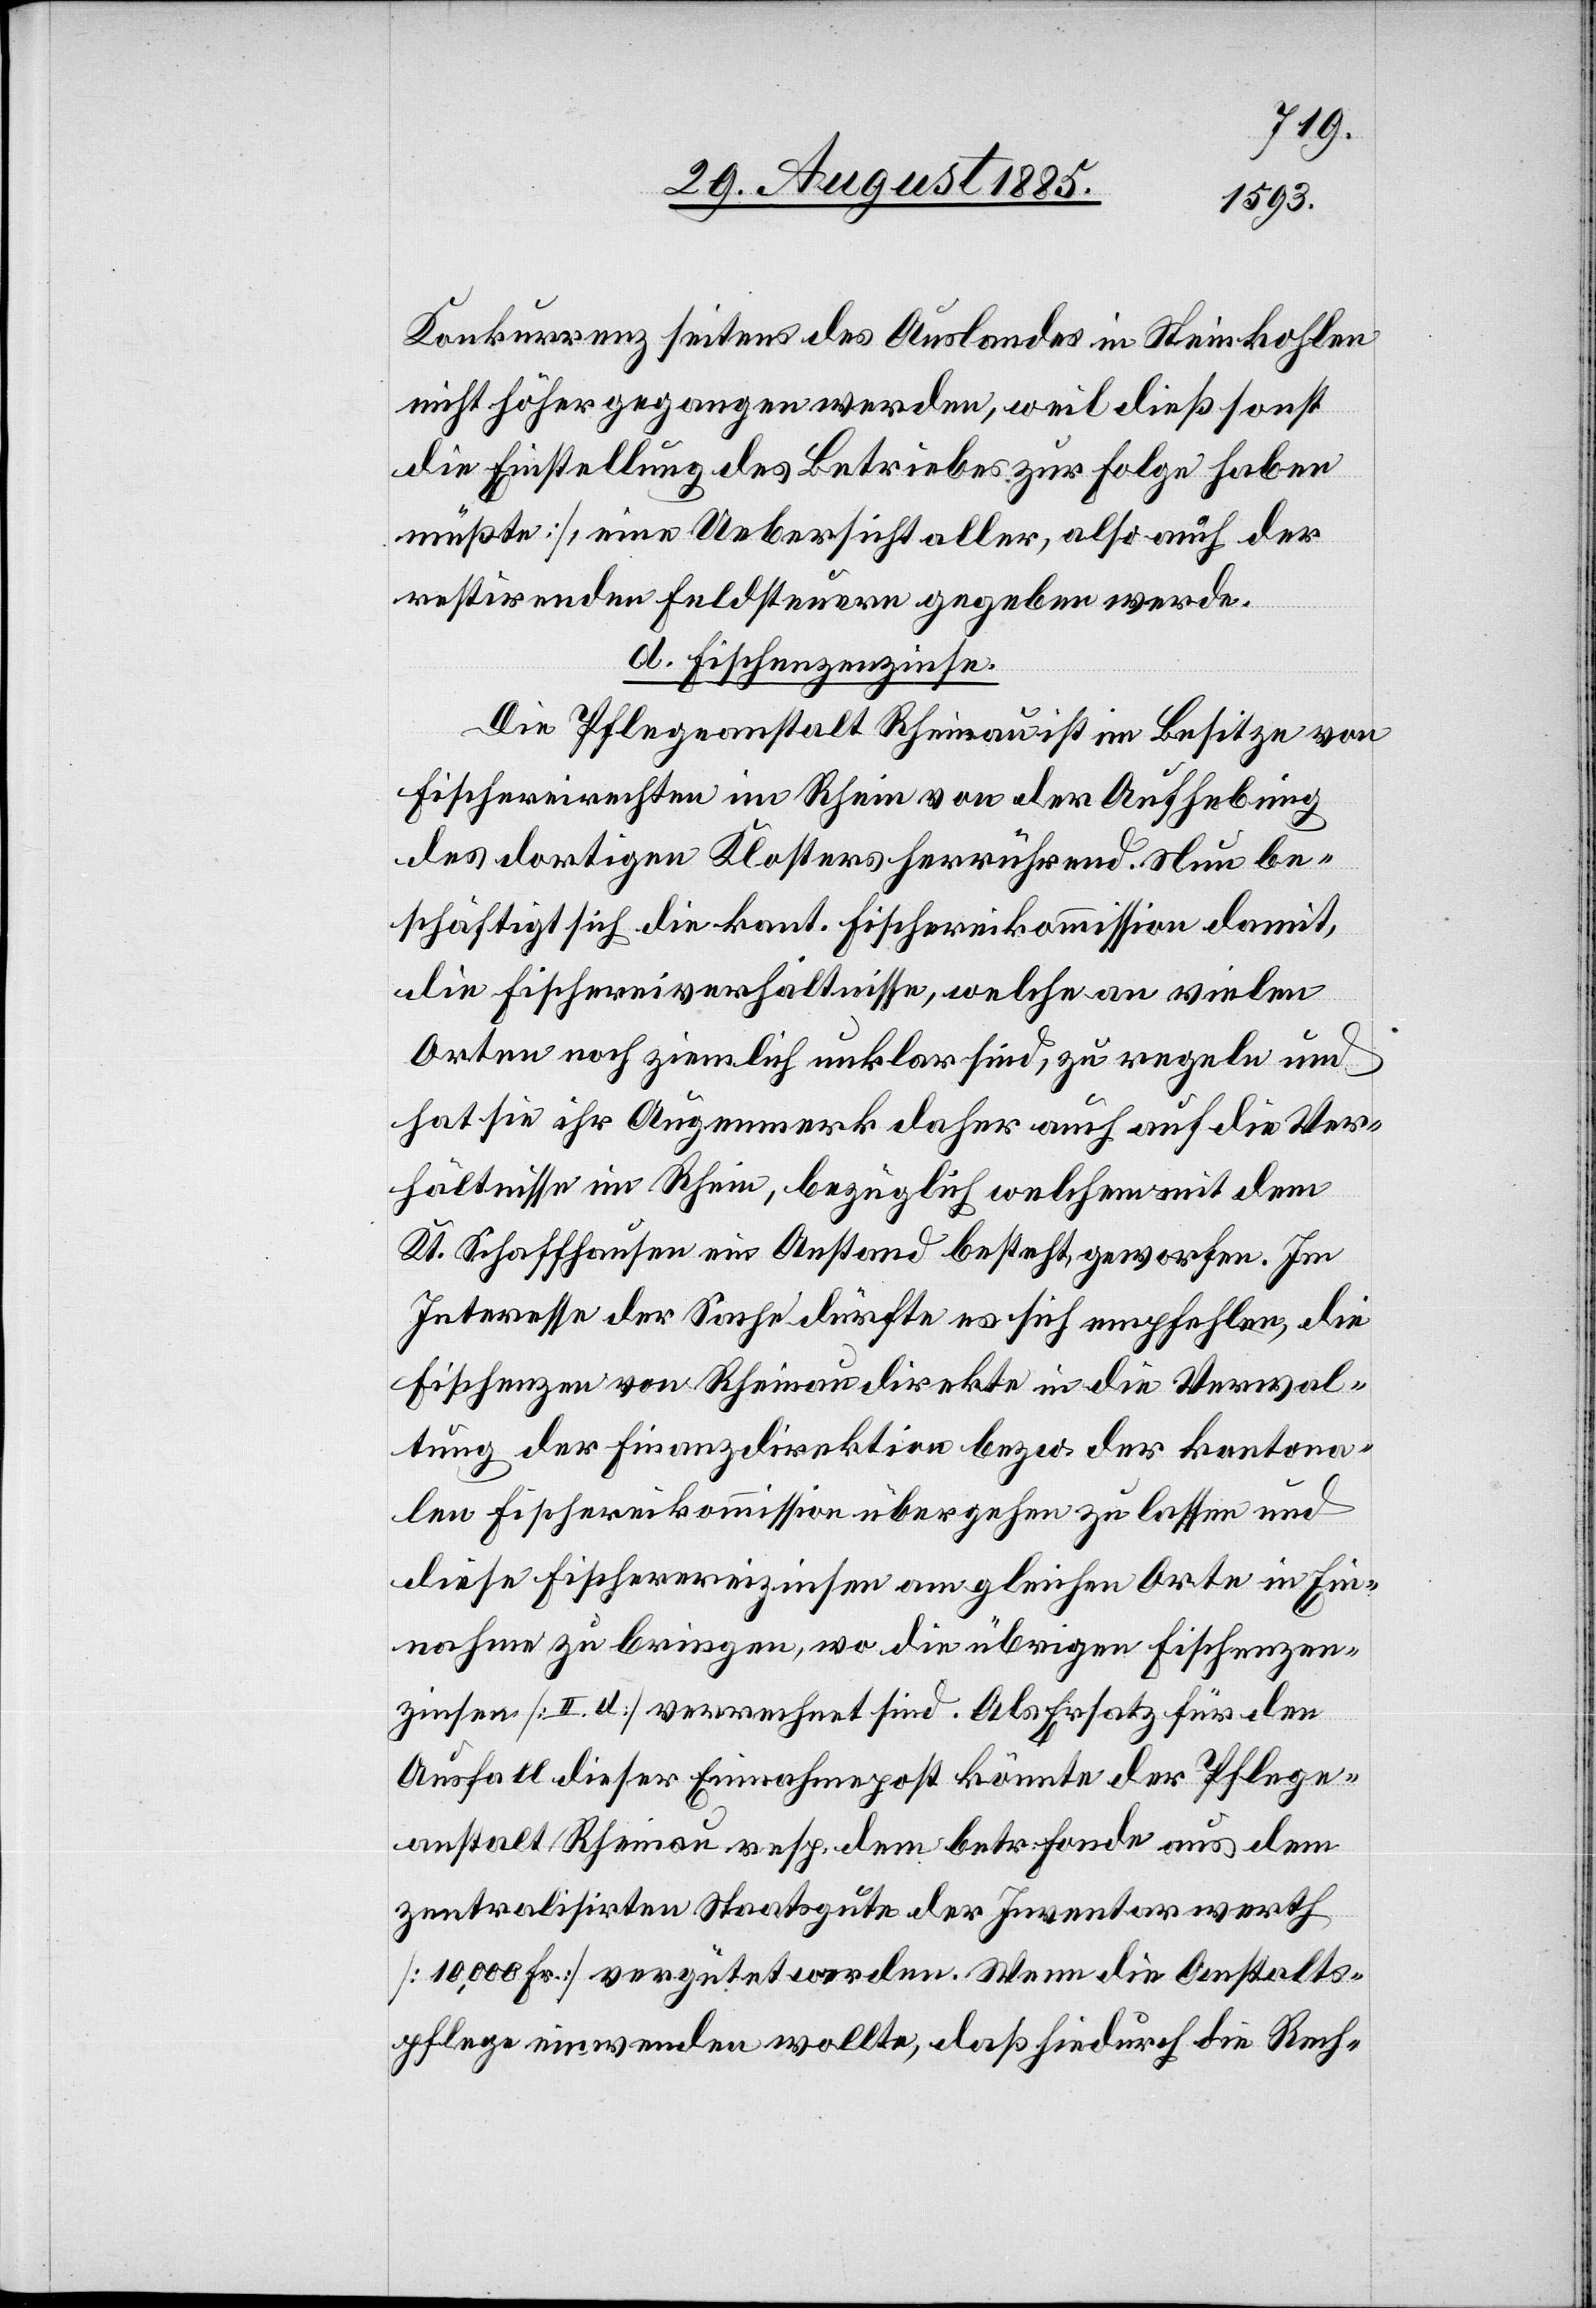
Konkurrenz seitens des Auslandes in Steinkohlen
nicht höher gegangen werden, weil dieß sonst
die Einstellung des Betriebes zur Folge haben
müßte], eine Uebersicht aller, also auch der
restirenden Feldsteuern gegeben werde.
d. Fischenzenzinse.
Die Pflegeanstalt Rheinau ist im Besitze von
Fischereirechten im Rhein von der Aufhebung
des dortigen Klosters herrührend. Nun be¬
schäftigt sich die kant. Fischereikommission damit,
die Fischereiverhältnisse, welche an vielen
Orten noch ziemlich unklar sind, zu regeln und
hat sie ihr Augenmerk daher auch auf die Ver¬
hältnisse im Rhein, bezüglich welchem mit dem
Kt. Schaffhausen ein Anstand besteht geworfen. Im
Interesse der Sache dürfte es sich empfehlen, die
Fischenzen von Rheinau direkte in die Verwal¬
tung der Finanzdirektion bezw. der kantona¬
len Fischereikommission übergehen zu lassen und
diese Fischereizinsen am gleichen Orte in Ein¬
nahme zu bringen, wo die übrigen Fischenzen¬
zinsen [II. d] verrechnet sind. Als Ersatz für den
Ausfall dieser Einnahmepost könnte der Pflege¬
anstalt Rheinau resp. dem betr. Fonde aus dem
zentralisirten Staatsgute der Inventarwerth
[10,000 Fr.] vergütet werden. Wenn die Anstalts¬
pflege einwenden wollte, daß hiedurch die Rech-